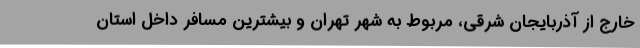
خارج از آذربایجان شرقی، مربوط به شهر تهران و بیشترین مسافر داخل استان